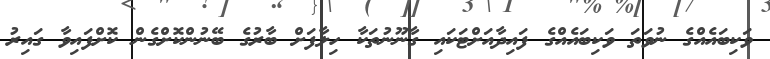
ވަކިބައެއްގެ ނުވަތަ ވަކިބައެއްގެ ފައިދާއަށްޓަކައި ގާނޫނުތަކާ ހިލާފަށް ބާރުގެ ބޭނުންކޮށްގެން ކޮށްފައިވާ ގައިރު